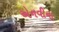
એનવીના